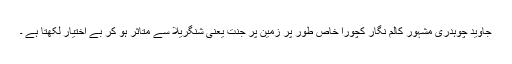
جاوید چوہدری مشہور کالم نگار کچورا خاص طور پر زمین پر جنت یعنی شنگریلا سے متاثر ہو کر بے اختیار لکھتا ہے ۔